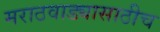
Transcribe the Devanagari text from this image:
मराठवाड्यासाठीच